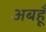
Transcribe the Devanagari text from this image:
अबहूँ